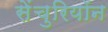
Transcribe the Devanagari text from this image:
सेंचुरियॉन